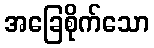
အခြေစိုက်သော